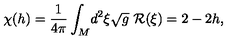
\chi ( h ) = \frac { 1 } { 4 \pi } \int _ { M } \! d ^ { 2 } \xi \sqrt { g } \ { \cal R } ( \xi ) = 2 - 2 h ,